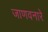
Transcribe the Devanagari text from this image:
जाणवनारे